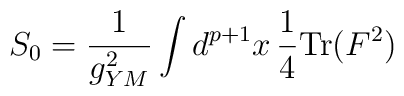
S_0 = {1 \over g^2_{YM}} \int d^{p+1}x \, {1 \over 4} {\rm Tr}(F^2)